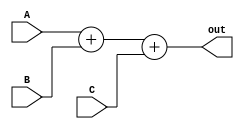
////////////////////////////////////////////////////////////////////////////////////////////////////////
//
// Institution   : Bandung Institute of Technology
//
// Module Name   : adder_4in
// Project Name  : LSI Design Contest in Okinawa 2018
// Target Devices: Sigmoid Function
// Tool versions : Vivado 2016.4
//
// Description: 
// 		Performing addition for 4 input values
// 
// Input:
//  	A : 16 bit signed : First Value
//  	B : 16 bit signed : Second Value 
//  	C : 16 bit signed : Third Value 
//  	D : 16 bit signed : Fourth Value 
//
// Output:
//  	out : 16 bit signed : Result 
//
// Revision: 
// Revision 0.01 - File Created
// Additional Comments: Addtion using operator +
//
///////////////////////////////////////////////////////////////////////////////////////////////////////

module adder_4in(A, B, C, out);

parameter DWIDTH=32;
parameter frac=24;

input signed [DWIDTH-1:0] A, B, C;
output signed [DWIDTH-1:0] out;

assign out = A + B + C;

endmodule